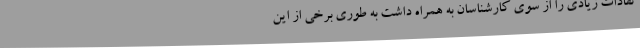
تقادات زیادی را از سوی کارشناسان به همراه داشت به طوری برخی از این